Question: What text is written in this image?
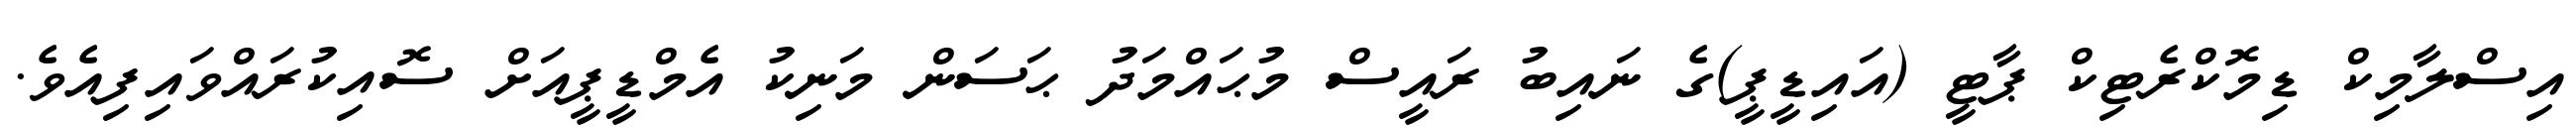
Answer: އިސްލާމިކް ޑިމޮކްރެޓިކް ޕާޓީ (އައިޑީޕީ)ގެ ނައިބު ރައީސް މުޙައްމަދު ޙަސަން މަނިކު އެމްޑީޕީއަށް ސޮއިކުރައްވައިފިއެވެ.